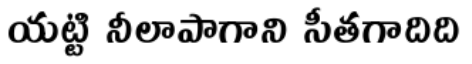
యట్టి నీలాపాగాని సీతగాదిది